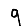
Digit: 9